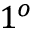
1 ^ { o }